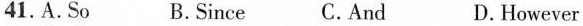
41.A.So B.Since C.And D. However